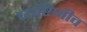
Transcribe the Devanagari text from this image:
व्यष्टिजीव